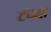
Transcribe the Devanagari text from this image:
टप्प्या